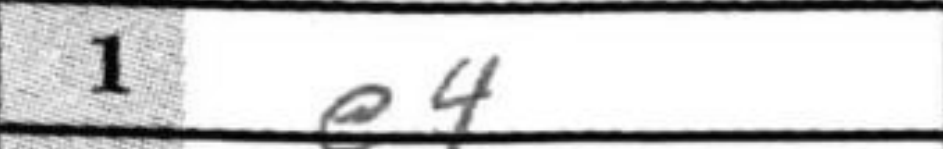
Transcription: e4